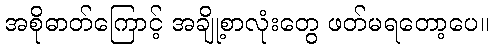
အစိုဓာတ်ကြောင့် အချို့စာလုံးတွေ ဖတ်မရတော့ပေ။